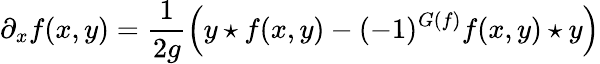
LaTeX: \partial_{x}f(x,y)=\frac{1}{2g}\left(y\star f(x,y)-(-1)^{G(f)}f(x,y)\star y\right)